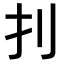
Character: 𠚶